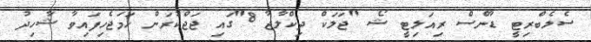
ސެލެބްރިޓީ ޑާންސް ރިއަލިޓީ ޝޯ "ޖަަލަކް ދިކްލާޖާ 8"ގައި ޖަޖްކުރަން ހަމަޖެހިފައިވާ ޝާހިދު